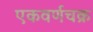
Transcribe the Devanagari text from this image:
एकवर्णचक्र